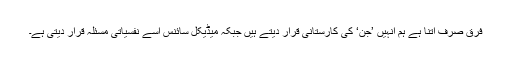
فرق صرف اتنا ہے ہم انہیں ’جن‘ کی کارستانی قرار دیتے ہیں جبکہ میڈیکل سائنس اسے نفسیاتی مسئلہ قرار دیتی ہے۔